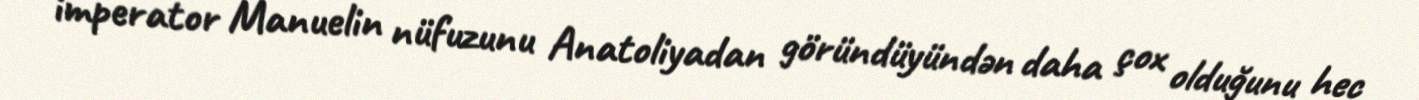
imperator Manuelin nüfuzunu Anatoliyadan göründüyündən daha çox olduğunu hec